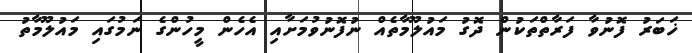
ޚަބަރު ފޮނުވާ ފަރާތްތަކުން ދޮގު މައުލޫމާތެއް ނުފޮނުވުމަށާއި އެހެން މީހުންގެ ނަމުގައި މައުލޫމާތު